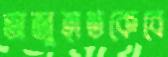
অজুহাতকেবে